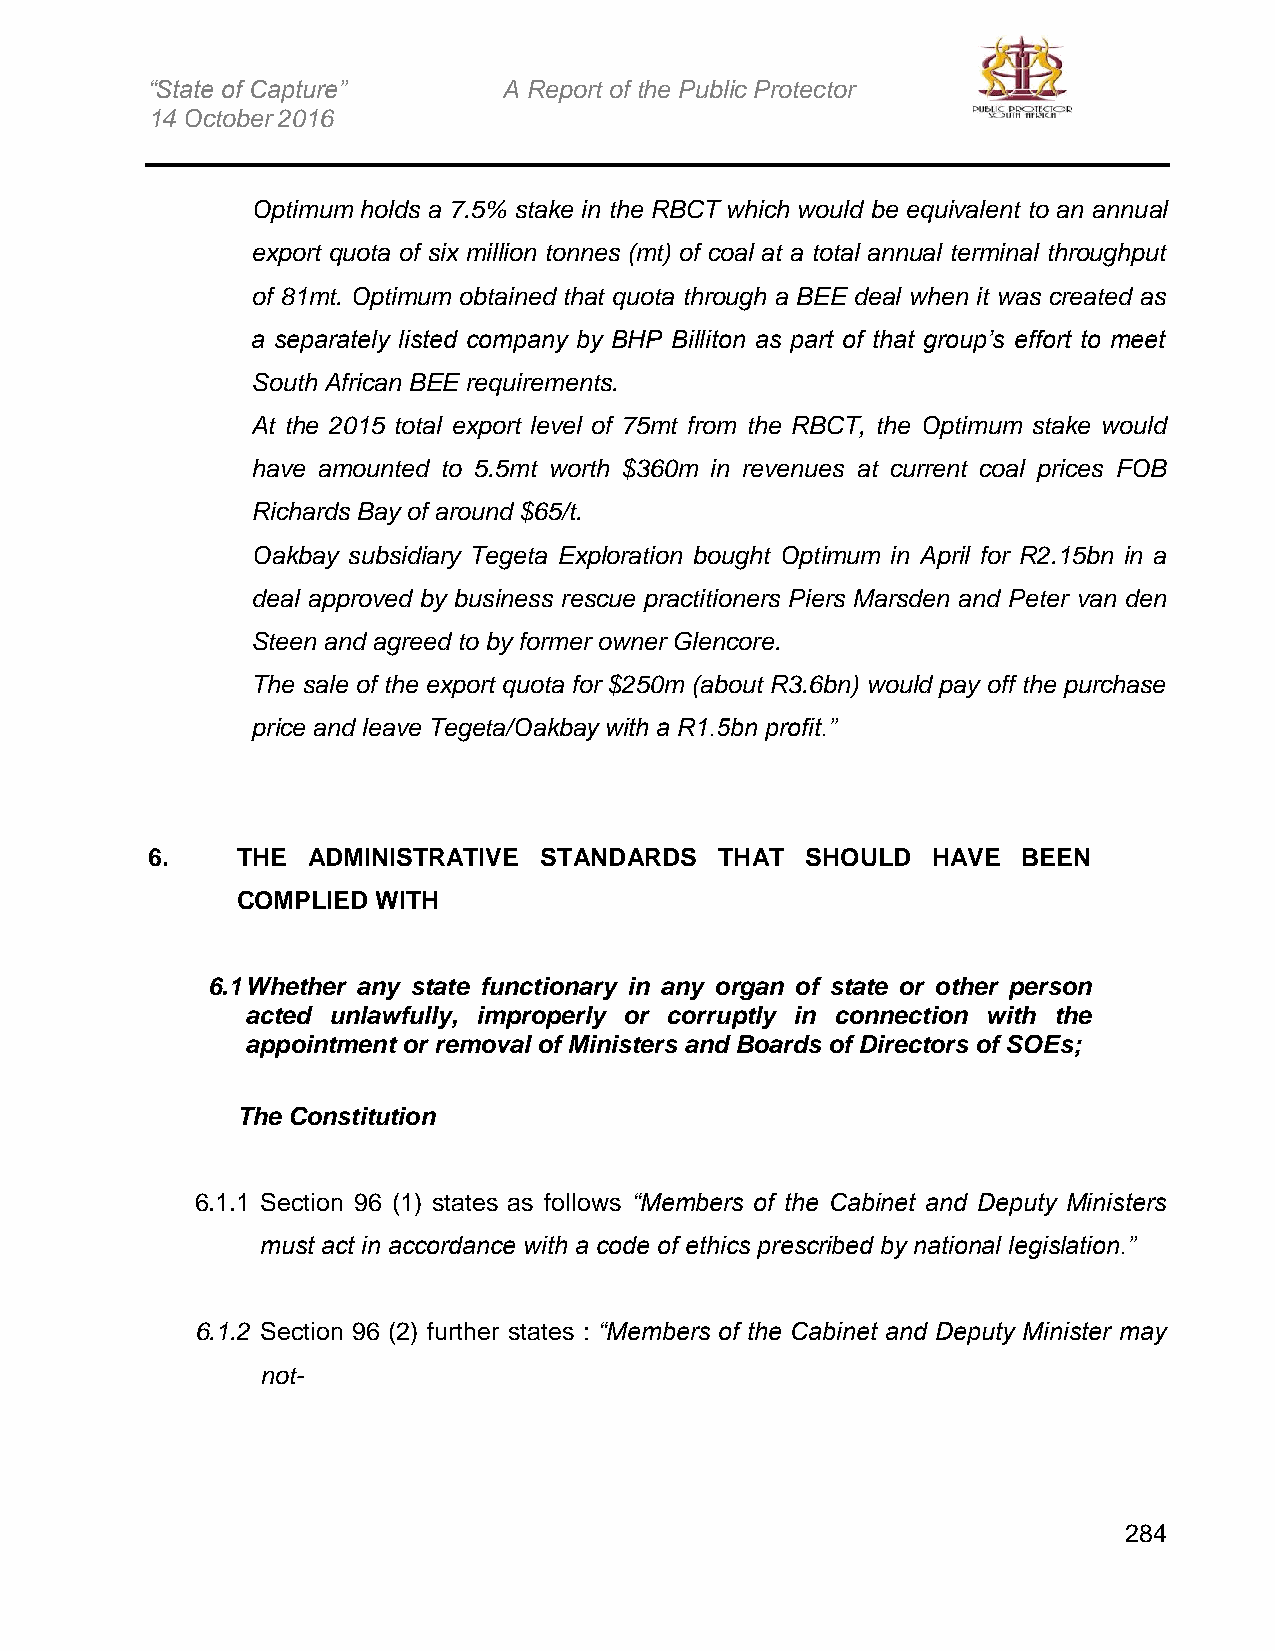
“State of Capture”     A Report of the Public Protector
 14 October 2016
 Optimum holds a 7.5% stake in the RBCT which would be equivalent to an annual
 export quota of six million tonnes (mt) of coal at a total annual terminal throughput
 of 81mt. Optimum obtained that quota through a BEE deal when it was created as
 a separately listed company by BHP Billiton as part of that group’s effort to meet
 South African BEE requirements.
 At the 2015 total export level of 75mt from the RBCT, the Optimum stake would
 have amounted to 5.5mt worth $360m in revenues at current coal prices FOB
 Richards Bay of around $65/t.
 Oakbay subsidiary Tegeta Exploration bought Optimum in April for R2.15bn in a
 deal approved by business rescue practitioners Piers Marsden and Peter van den
 Steen and agreed to by former owner Glencore.
 The sale of the export quota for $250m (about R3.6bn) would pay off the purchase
 price and leave Tegeta/Oakbay with a R1.5bn profit.”
 6.    THE ADMINISTRATIVE  STANDARDS   THAT SHOULD   HAVE  BEEN
 COMPLIED WITH
 6.1 Whether any state functionary in any organ of state or other person
 acted unlawfully, improperly or corruptly in connection with the
 appointment or removal of Ministers and Boards of Directors of SOEs;
 The Constitution
 6.1.1 Section 96 (1) states as follows “Members of the Cabinet and Deputy Ministers
 must act in accordance with a code of ethics prescribed by national legislation.”
 6.1.2 Section 96 (2) further states : “Members of the Cabinet and Deputy Minister may
 not-
 284